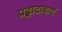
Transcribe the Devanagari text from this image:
प्रह्लादाचार्य